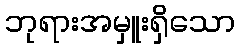
ဘုရားအမှူးရှိသော